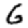
Digit: 6